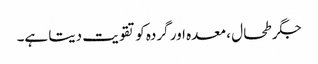
جگر طحال ، معدہ اور گردہ کو تقویت دیتا ہے۔